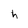
Character: h